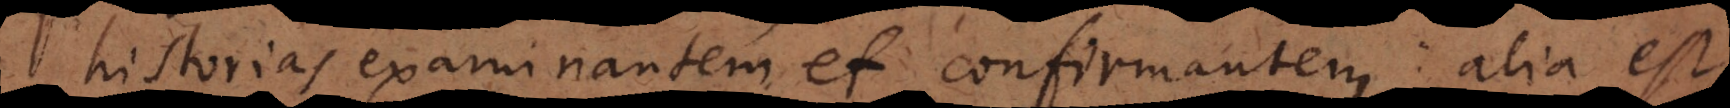
historias examinantem et confirmantem; alia est